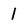
Character: l